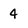
Character: 4